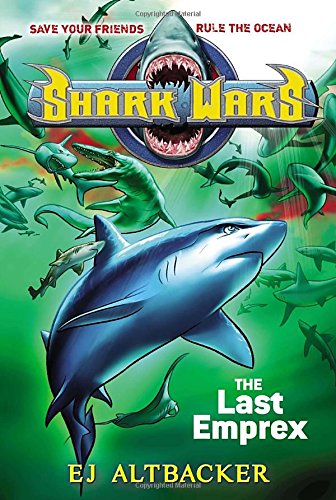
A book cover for Shark Wars #6: The Last Emprex; EJ Altbacker; Children's Books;